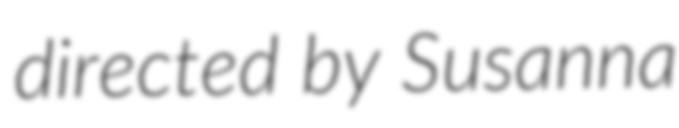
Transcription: directed by Susanna